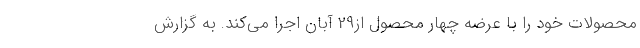
محصولات خود را با عرضه چهار محصول از29 آبان اجرا می‌کند. به گزارش